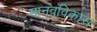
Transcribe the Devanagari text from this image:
मानवविकास